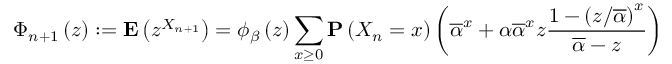
\Phi _ { n + 1 } \left( z \right) : = { \bf E } \left( z ^ { X _ { n + 1 } } \right) = \phi _ { \beta } \left( z \right) \sum _ { x \geq 0 } { \bf P } \left( X _ { n } = x \right) \left( \overline { { \alpha } } ^ { x } + \alpha \overline { { \alpha } } ^ { x } z \frac { 1 - \left( z / \overline { { \alpha } } \right) ^ { x } } { \overline { { \alpha } } - z } \right)